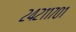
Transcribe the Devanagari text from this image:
२४२११७०१